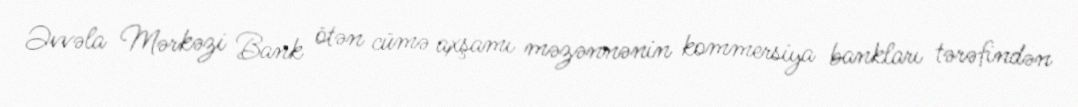
Əvvəla Mərkəzi Bank ötən cümə axşamı məzənnənin kommersiya bankları tərəfindən